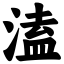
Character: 溘